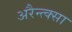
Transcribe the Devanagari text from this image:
अरैन्त्क्सा